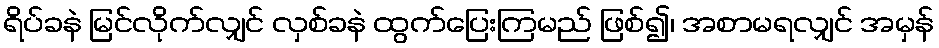
ရိပ်ခနဲ မြင်လိုက်လျှင် လှစ်ခနဲ ထွက်ပြေးကြမည် ဖြစ်၍၊ အစာမရလျှင် အမှန်